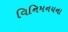
વિનિમનયના